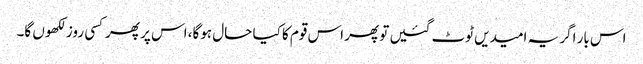
اس بار اگر یہ امیدیں ٹوٹ گئیں تو پھر اس قوم کا کیا حال ہوگا، اس پر پھرکسی روز لکھوں گا۔